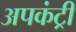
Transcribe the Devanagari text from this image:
अपकंट्री